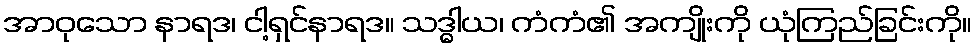
အာဝုသော နာရဒ၊ ငါ့ရှင်နာရဒ။ သဒ္ဓါယ၊ ကံကံ၏ အကျိုးကို ယုံကြည်ခြင်းကို။